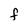
Character: F